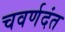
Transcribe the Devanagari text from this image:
चवर्णदंत